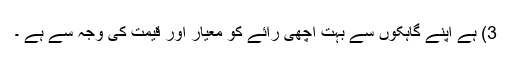
3) ہے اپنے گاہکوں سے بہت اچھی رائے کو معیار اور قیمت کی وجہ سے ہے ۔